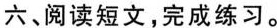
六、阅读短文，完成练习。